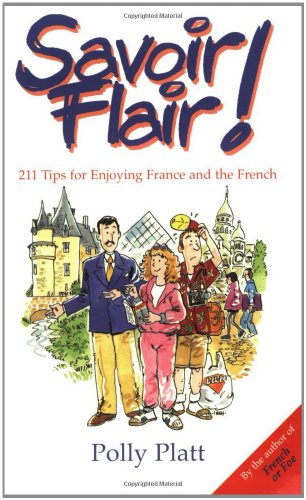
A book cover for Savoir-Flair: 211 Tips for Enjoying France and the French; Polly Platt; Travel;